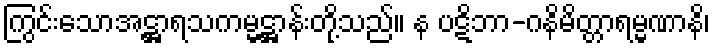
ကြွင်းသောအဋ္ဌာရသကမ္မဋ္ဌာန်းတို့သည်။ န ပဋိဘာ-ဂနိမိတ္တာရမ္မဏာနိ၊